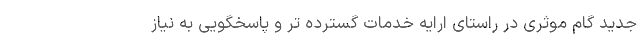
جدید گام موثری در راستای ارایه خدمات گسترده تر و پاسخگویی به نیاز